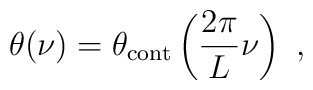
\theta(\nu) = \theta_{\rm cont}\left(\frac{2\pi}{L}\nu \right) \ ,